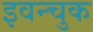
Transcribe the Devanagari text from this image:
इवन्चुक